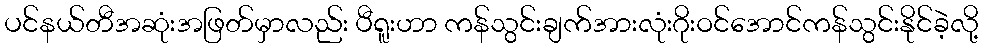
ပင်နယ်တီအဆုံးအဖြတ်မှာလည်း ပီရူးဟာ ကန်သွင်းချက်အားလုံးဂိုးဝင်အောင်ကန်သွင်းနိုင်ခဲ့လို့